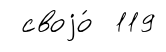
своjо́ 119